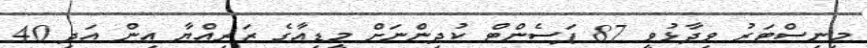
މިނިސްޓަރު ވިދާޅުވީ 87 ޕަސެންޓް ކުދިންނަށް މީޑިއާގެ ޒަރިއްޔާ އިން އަދި 40